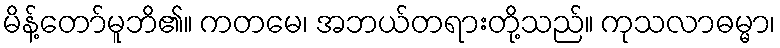
မိန့်တော်မူဘိ၏။ ကတမေ၊ အဘယ်တရားတို့သည်။ ကုသလာဓမ္မာ၊